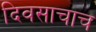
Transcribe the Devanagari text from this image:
दिवसाचाच